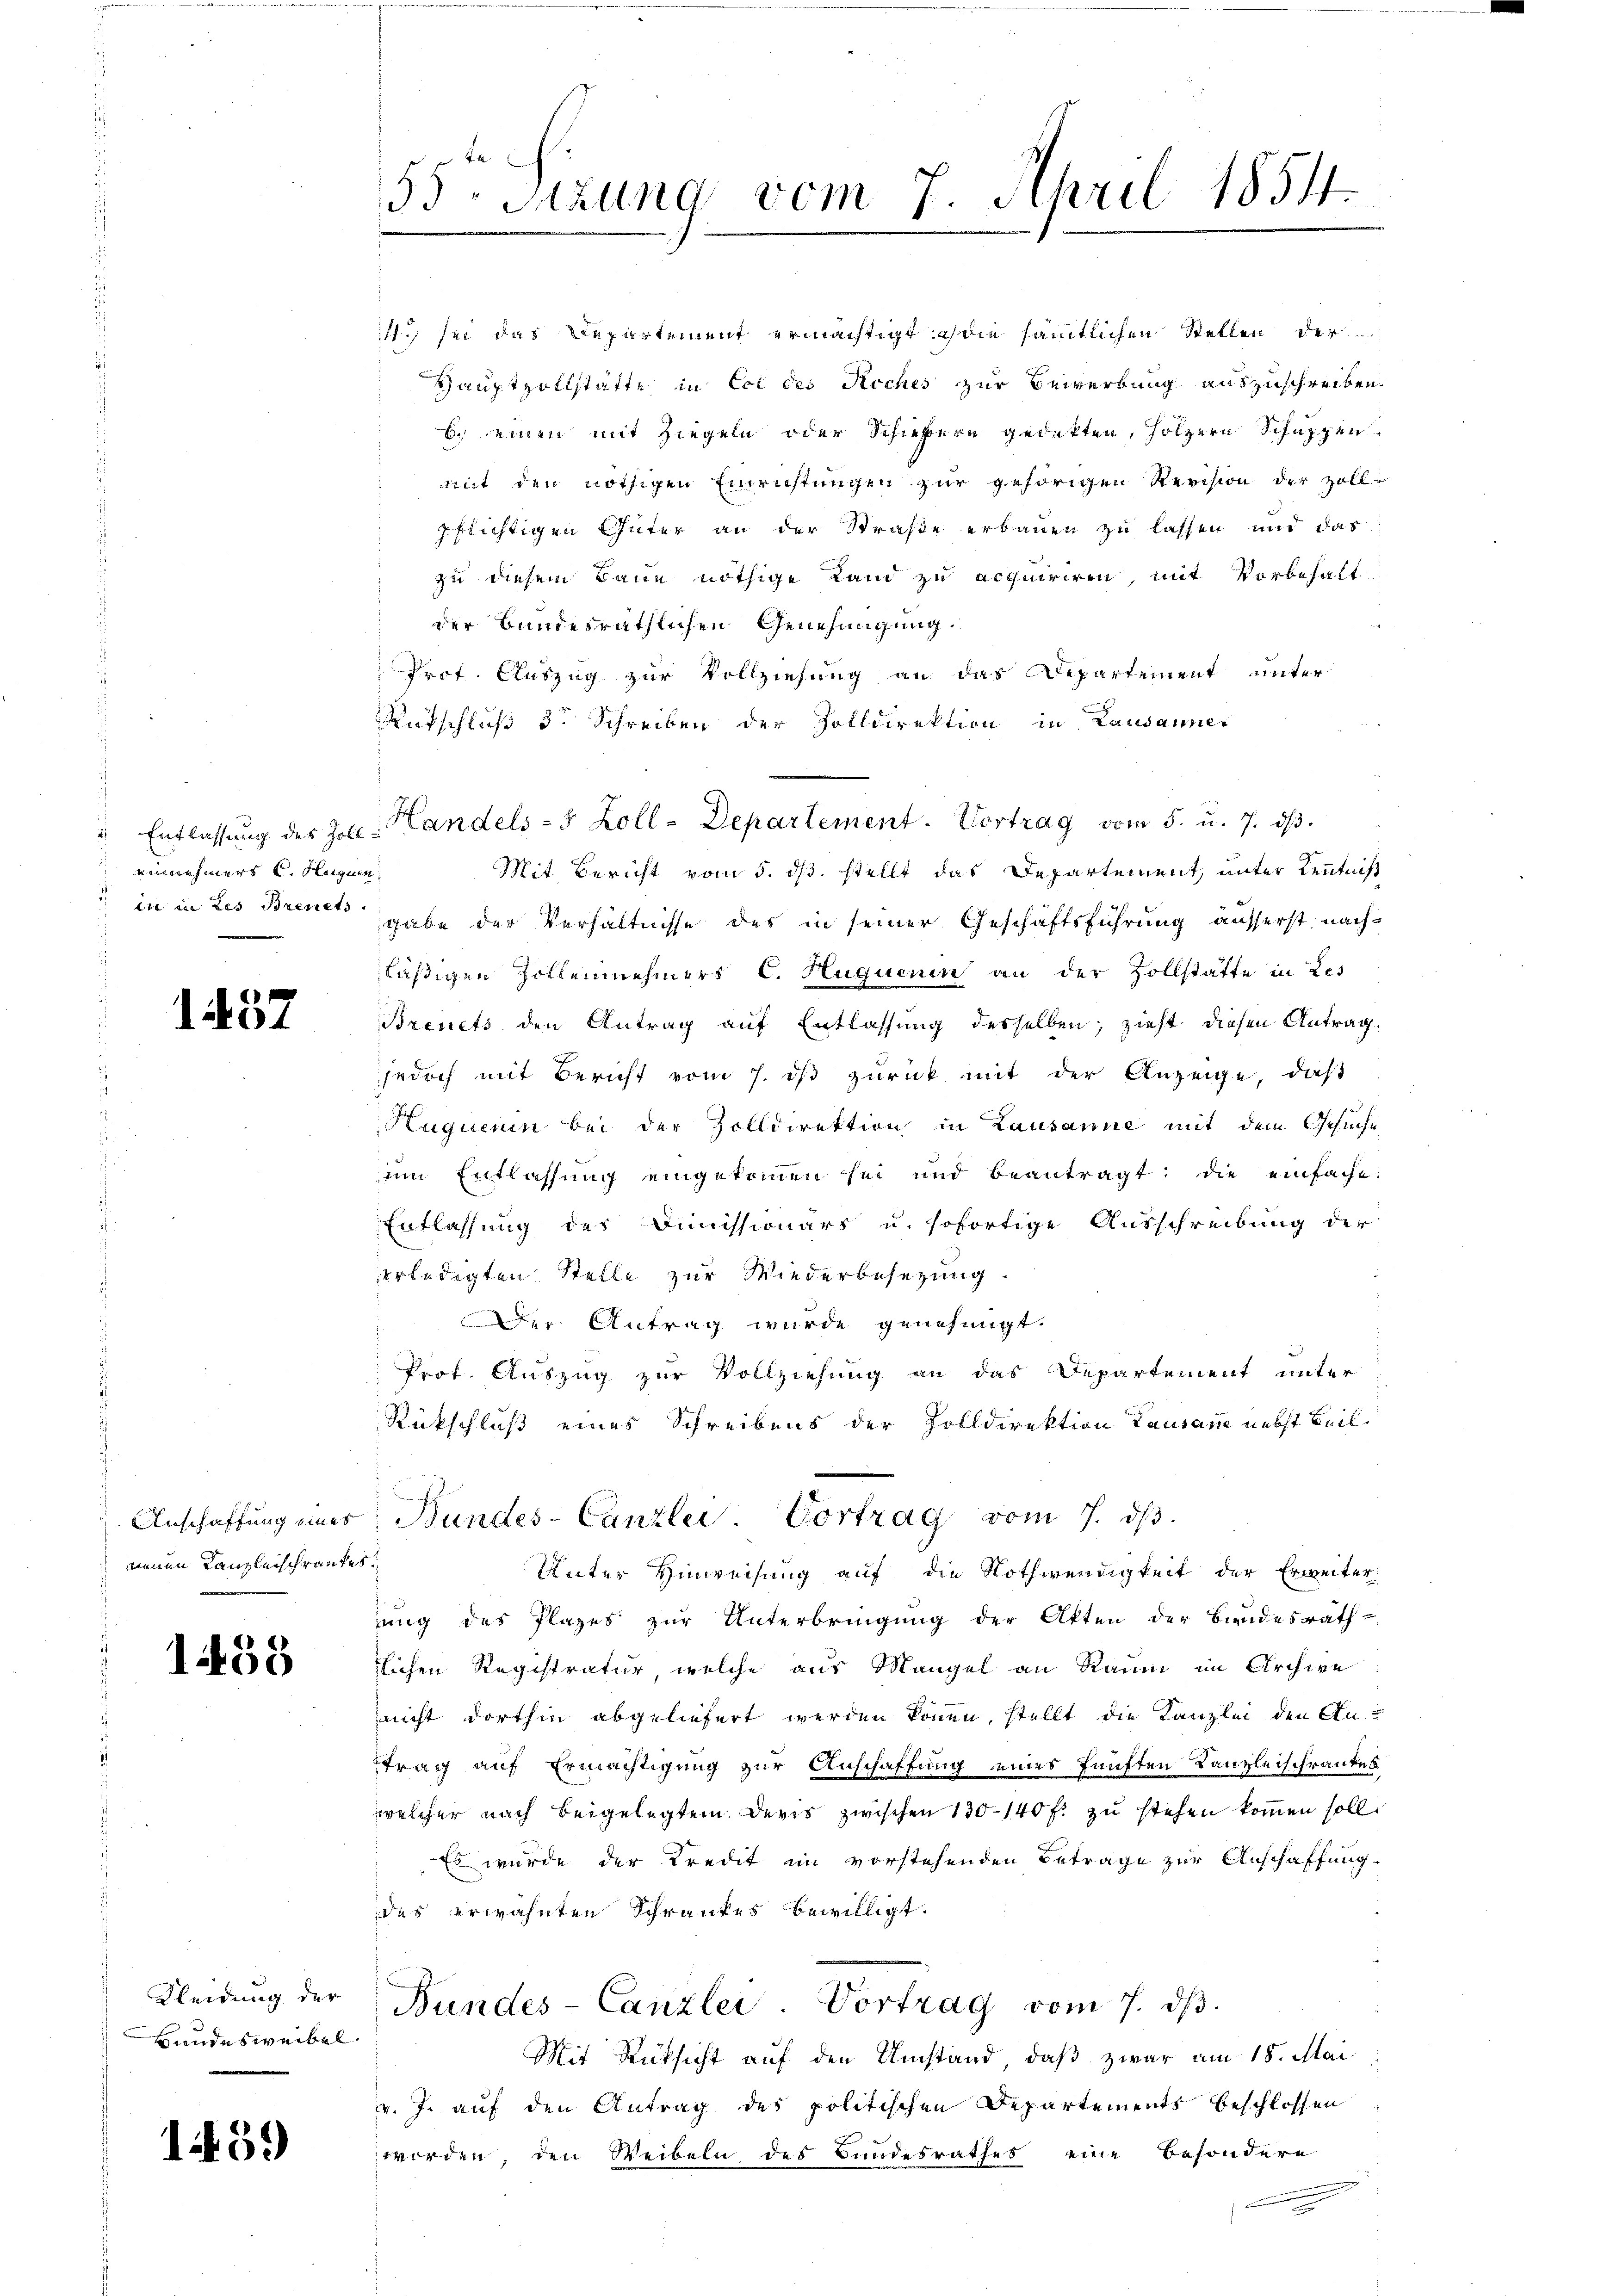
innehmers C. Huguen

1457

neuen Kanzleischrankes

1458

Hundes weibel

159

1 sei das Departement ermächtigt die sämtlichen Stellen der
Hauptzollstatte in Col des Reches zur Bewerbung auszuschreiben.
b. einen mit Ziegeln oder Schießern gedekten, Holzern Schuppenmit den nöthigen Einrichtungen zur gehörigen Revision der Zoll-
pflichtigen Güter an der Straße erbauen zu lassen und das
zu diesem Baue nöthige Land zu acquiriren, mit Vorbehalt
der Bundesräthlichen Genehmigung.
Prof. Auszug zur Vollziehung an das Departement unter
Rutschluß der Schreiben der Zolldirektion in Lausannes
Mit Bericht vom 5. ds. stellt das Departement, unter Kenntniß
in in des Brent gabe der Verhältnisse des in seiner Geschäftsführung äusserst nachläßigen Zollennehmers C. Huquenin an der Zollstätte in Les
Brevets den Antrag auf Entlassung desselben; zieht diesen Antrag.
jedoch mit Bericht vom 7. ist zurück mit der Anzeige, daß
Kuquenin bei der Zolldirektion in Lausanne mit dem Gesuche
im Entlassung eingekommen sei und beantragt: die einfache.
Entlassung des Dimissionärs u. sofortige Ausschreibung der
erledigten Stelle zur Wiederbesezung.
Der Antrag wurde genehmigt.
Prof. Auszug zur Vollziehung an das Departement unter
Rückschluß eines Schreibens der Zolldirektion Lausane nebst Beil.
Anschaffŭng eines Bundes-Canzlei. Vortrag vom 7. dβ.
Unter Hinweisung auf die Nothwendigkeit der Erweiter
ung des Plazes zur Unterbringung der Akten der Bundesrath
zlichen Registratur, welche aus Mangel an Raum im Archive
nicht dorthin abgeliefert werden können, stellt die Kanzlei den Antrag auf Ermächtigung zur Anschaffung eines fünften Kanzleischrankes
welcher nach beigelegtem Devis zwischen 130—140 f. zu stehen kommen soll.
Es wurde der Kredit im vorstehenden Betrage zur Anschaffung
des erwähnten Schrankes bewilligt.
Kleidŭng der Bundes-Canzlei- Vortrag vom 7. dβ.
Mit Rücksicht auf den Umstand, daß zwar am 18. Mai
v. J. auf den Antrag des politischen Departements beschlossen
worden, den Weibeln des Bundesrathes eine besondere

55- Sizung vom 7. April 1854.
e

". Entlassŭng des Zoll: Handels- 5 Zoll-Departement. Vortrag vom 5. u. 7. dβ.